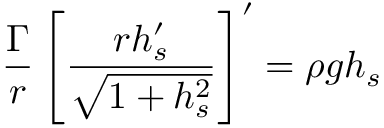
\frac { \Gamma } { r } \left[ \frac { r h _ { s } ^ { \prime } } { \sqrt { 1 + h _ { s } ^ { 2 } } } \right] ^ { \prime } = \rho { g } h _ { s }